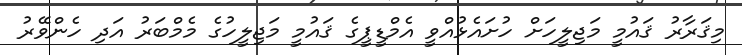
މިޤަރާރު ޤައުމީ މަޖިލީހަށް ހުށައެޅުއްވީ އެމްޑީޕީގެ ޤައުމީ މަޖިލީހުގެ މެމްބަރު އަދި ހެންވޭރު